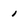
Character: 1